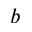
b